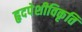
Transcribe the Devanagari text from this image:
हृदपेशीविकृति